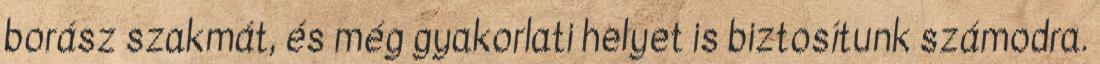
borász szakmát, és még gyakorlati helyet is biztosítunk számodra.